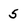
Character: 5